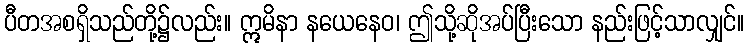
ပီတအစရှိသည်တို့၌လည်း။ ဣမိနာ နယေနေဝ၊ ဤသို့ဆိုအပ်ပြီးသော နည်းဖြင့်သာလျှင်။